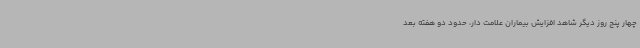
چهار پنج روز دیگر شاهد افزایش بیماران علامت دار، حدود دو هفته بعد